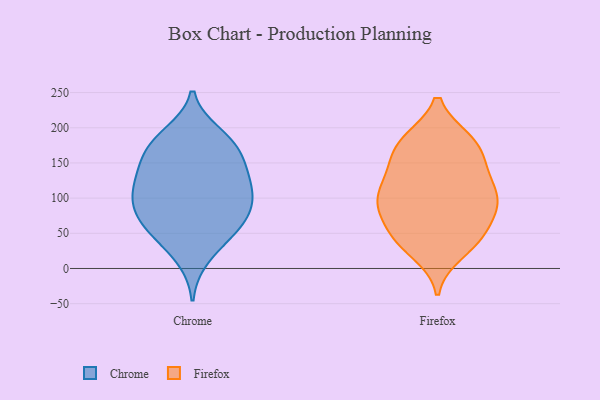
{"axis": {"x": "Active Users", "y": "Value"}, "legend": ["Chrome", "Firefox"], "data": [{"x": "", "y": 191, "type": "Chrome"}, {"x": "", "y": 172, "type": "Chrome"}, {"x": "", "y": 63, "type": "Chrome"}, {"x": "", "y": 179, "type": "Chrome"}, {"x": "", "y": 81, "type": "Chrome"}, {"x": "", "y": 44, "type": "Chrome"}, {"x": "", "y": 182, "type": "Chrome"}, {"x": "", "y": 126, "type": "Chrome"}, {"x": "", "y": 95, "type": "Chrome"}, {"x": "", "y": 51, "type": "Chrome"}, {"x": "", "y": 97, "type": "Chrome"}, {"x": "", "y": 90, "type": "Chrome"}, {"x": "", "y": 118, "type": "Chrome"}, {"x": "", "y": 110, "type": "Chrome"}, {"x": "", "y": 15, "type": "Chrome"}, {"x": "", "y": 154, "type": "Chrome"}, {"x": "", "y": 145, "type": "Chrome"}, {"x": "", "y": 138, "type": "Chrome"}, {"x": "", "y": 63, "type": "Chrome"}, {"x": "", "y": 101, "type": "Firefox"}, {"x": "", "y": 95, "type": "Firefox"}, {"x": "", "y": 40, "type": "Firefox"}, {"x": "", "y": 23, "type": "Firefox"}, {"x": "", "y": 133, "type": "Firefox"}, {"x": "", "y": 182, "type": "Firefox"}, {"x": "", "y": 90, "type": "Firefox"}, {"x": "", "y": 100, "type": "Firefox"}, {"x": "", "y": 101, "type": "Firefox"}, {"x": "", "y": 181, "type": "Firefox"}, {"x": "", "y": 155, "type": "Firefox"}, {"x": "", "y": 177, "type": "Firefox"}, {"x": "", "y": 75, "type": "Firefox"}, {"x": "", "y": 45, "type": "Firefox"}, {"x": "", "y": 135, "type": "Firefox"}, {"x": "", "y": 180, "type": "Firefox"}, {"x": "", "y": 87, "type": "Firefox"}, {"x": "", "y": 46, "type": "Firefox"}, {"x": "", "y": 42, "type": "Firefox"}, {"x": "", "y": 137, "type": "Firefox"}]}